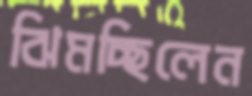
ঝিমচ্ছিলেন